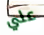
علي